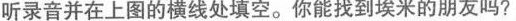
听录音并在上图的横线处填空.你能找到埃米的朋友吗?